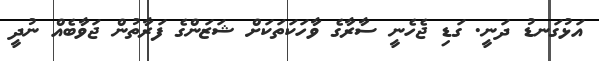
އަޅުގަނޑު ދަނީ. ގަޑި ޖެހެނީ ސާރާގެ ވާހަކަތަކަށް ޝަޒަންގެ ފަރާތުން ޖަވާބެއް ނުދީ